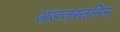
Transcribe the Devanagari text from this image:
अंडजस्तनिन